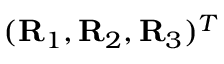
( { \bf R } _ { 1 } , { \bf R } _ { 2 } , { \bf R } _ { 3 } ) ^ { T }